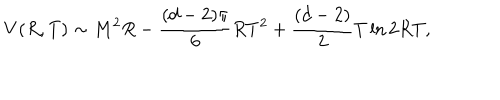
V ( R , T ) \sim M ^ { 2 } R - \frac { ( d - 2 ) \pi } { 6 } R T ^ { 2 } + \frac { ( d - 2 ) } { 2 } T \ln 2 R T ,